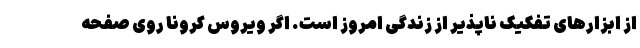
از ابزارهای تفکیک ناپذیر از زندگی امروز است. اگر ویروس کرونا روی صفحه